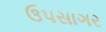
ઉપસાગર